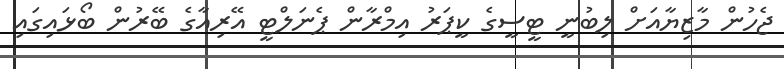
ޖެހުން މާޒިޔާއަށް ލިބުނީ ޓީސީގެ ކީޕަރު އިމްރާން ޕެނަލްޓީ އޭރިއާގެ ބޭރުން ބޯޅައިގައި